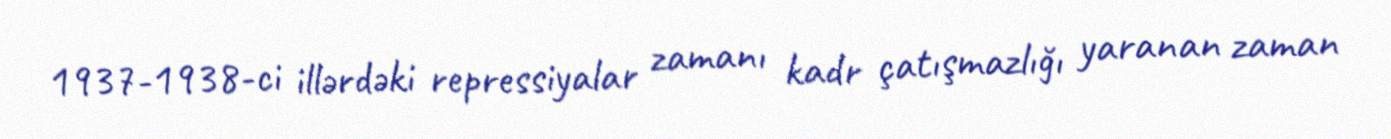
1937-1938-ci illərdəki repressiyalar zamanı kadr çatışmazlığı yaranan zaman